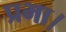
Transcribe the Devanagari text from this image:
प्रभा।